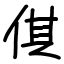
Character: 倛